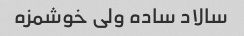
سالاد ساده ولی خوشمزه